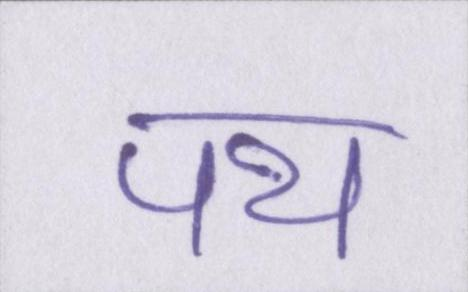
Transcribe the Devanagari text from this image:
पथ